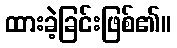
ထားခဲ့ခြင်းဖြစ်၏။